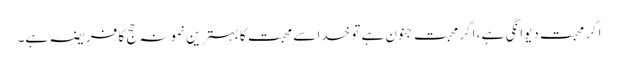
اگر محبت دیوانگی ہے ، اگر محبت جنون ہے تو خدا سے محبت کا بہترین نمونہ حج کا فریضہ ہے۔